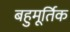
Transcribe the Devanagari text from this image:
बहुमूर्तिक